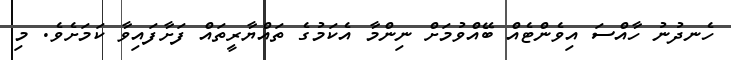
ހެނދުނު ހާއްސަ އިވެންޓެއް ބޭއްވުމަށް ނިންމާ އެކަމުގެ ތައްޔާރީތައް ފަށާފައިވާ ކަމަށެވެ. މި